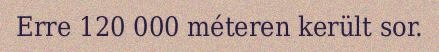
Erre 120 000 méteren került sor.